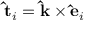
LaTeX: \mathbf { \hat { t } } _ { i } = \mathbf { \hat { k } } \times \mathbf { \hat { e } } _ { i }